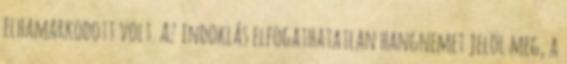
elhamarkodott volt. Az indoklás elfogathatatlan hangnemet jelöl meg, a